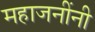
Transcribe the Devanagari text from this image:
महाजनींनी